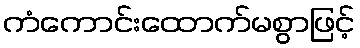
ကံကောင်းထောက်မစွာဖြင့်